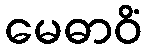
မေဓာဝိံ